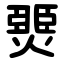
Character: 燛